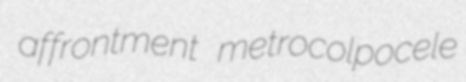
affrontment metrocolpocele